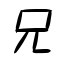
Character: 兄